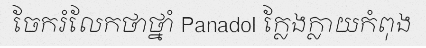
ចែករំលែកថាថ្នាំ Panadol ក្លែងក្លាយកំពុង